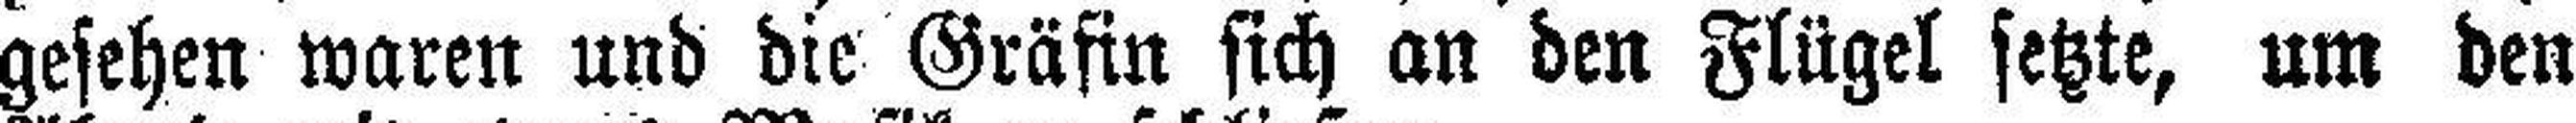
gesehen waren und die Gräfin sich an den Flügel setzte, um den